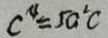
c ^ { 4 } = 5 a ^ { 2 } c